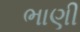
ભાણી